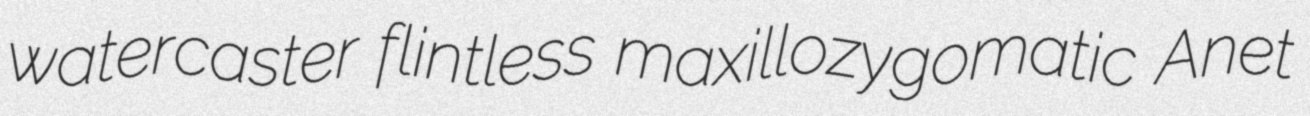
watercaster flintless maxillozygomatic Anet